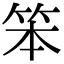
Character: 笨